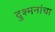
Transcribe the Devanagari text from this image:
दुश्मनांचा